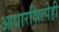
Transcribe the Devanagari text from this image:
आधारशिल्पेही